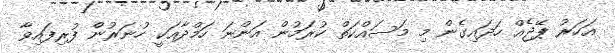
އަހަރު ޕޭޖެއް ހަދައިގެން މި މަސައްކަތް ކުރަމުން އަންނަ ހަމްދާއަކީ ހުނަރުން ފުރިފައިވާ